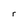
Character: r